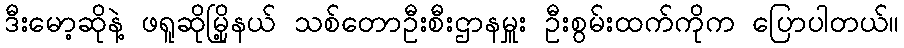
ဒီးမော့ဆိုနဲ့ ဖရူဆိုမြို့နယ် သစ်တောဦးစီးဌာနမှူး ဦးစွမ်းထက်ကိုက ပြောပါတယ်။